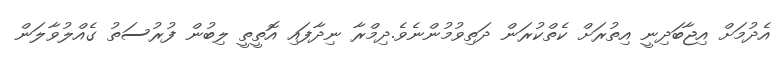
އެދުމަށް އިޖާބަދިނީ އިތުރަށް ކެތްކުރަން ދަތިވުމުންނެވެ.ދިމްރާ ނިދާފައި އޮތީތީ ލިބުން ފުރުސަތު ގެއްލުވާލަން